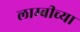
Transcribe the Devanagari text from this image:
लाम्बीच्या